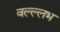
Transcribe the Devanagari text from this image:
वल्ल्लभ